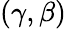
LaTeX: (\gamma,\beta)